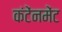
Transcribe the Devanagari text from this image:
कंटेंनमेंट